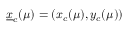
\underline { { x } } _ { c } ( \mu ) = ( x _ { c } ( \mu ) , y _ { c } ( \mu ) )